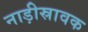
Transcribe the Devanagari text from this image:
नाड़ीस्रावक